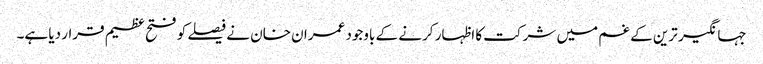
جہانگیر ترین کے غم میں شرکت کا اظہار کرنے کے باوجود عمران خان نے فیصلے کو فتح عظیم قرار دیا ہے۔